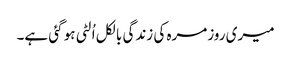
میری روزمرہ کی زندگی بالکل اُلٹی ہو گئی ہے۔